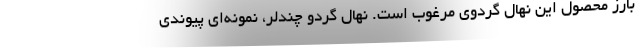
بارز محصول این نهال گردوی مرغوب است. نهال گردو چندلر، نمونه‌­ای پیوندی